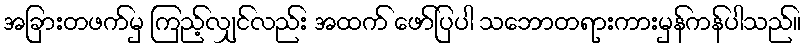
အခြားတဖက်မှ ကြည့်လျှင်လည်း အထက် ဖော်ပြပါ သဘောတရားကားမှန်ကန်ပါသည်။